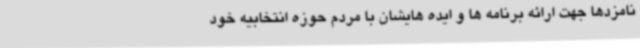
نامزدها جهت ارائه برنامه ها و ایده هایشان با مردم حوزه انتخابیه خود